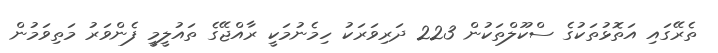
ތެރޭގައި އަތޮޅުތަކުގެ ސްކޫލްތަކުން 223 ދަރިވަރަކު ހިމެނުމަކީ ރާއްޖޭގެ ތައުލީމީ ފެންވަރު މަތިވަމުން